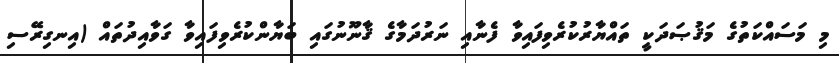
މި މަސައްކަތުގެ މަޤުޞަދަކީ ތައްޔާރުކުރެވިފައިވާ ފެނާއި ނަރުދަމާގެ ޤާނޫނުގައި ބަޔާންކުރެވިފައިވާ ގަވާއިދުތައް (އިނގިރޭސި